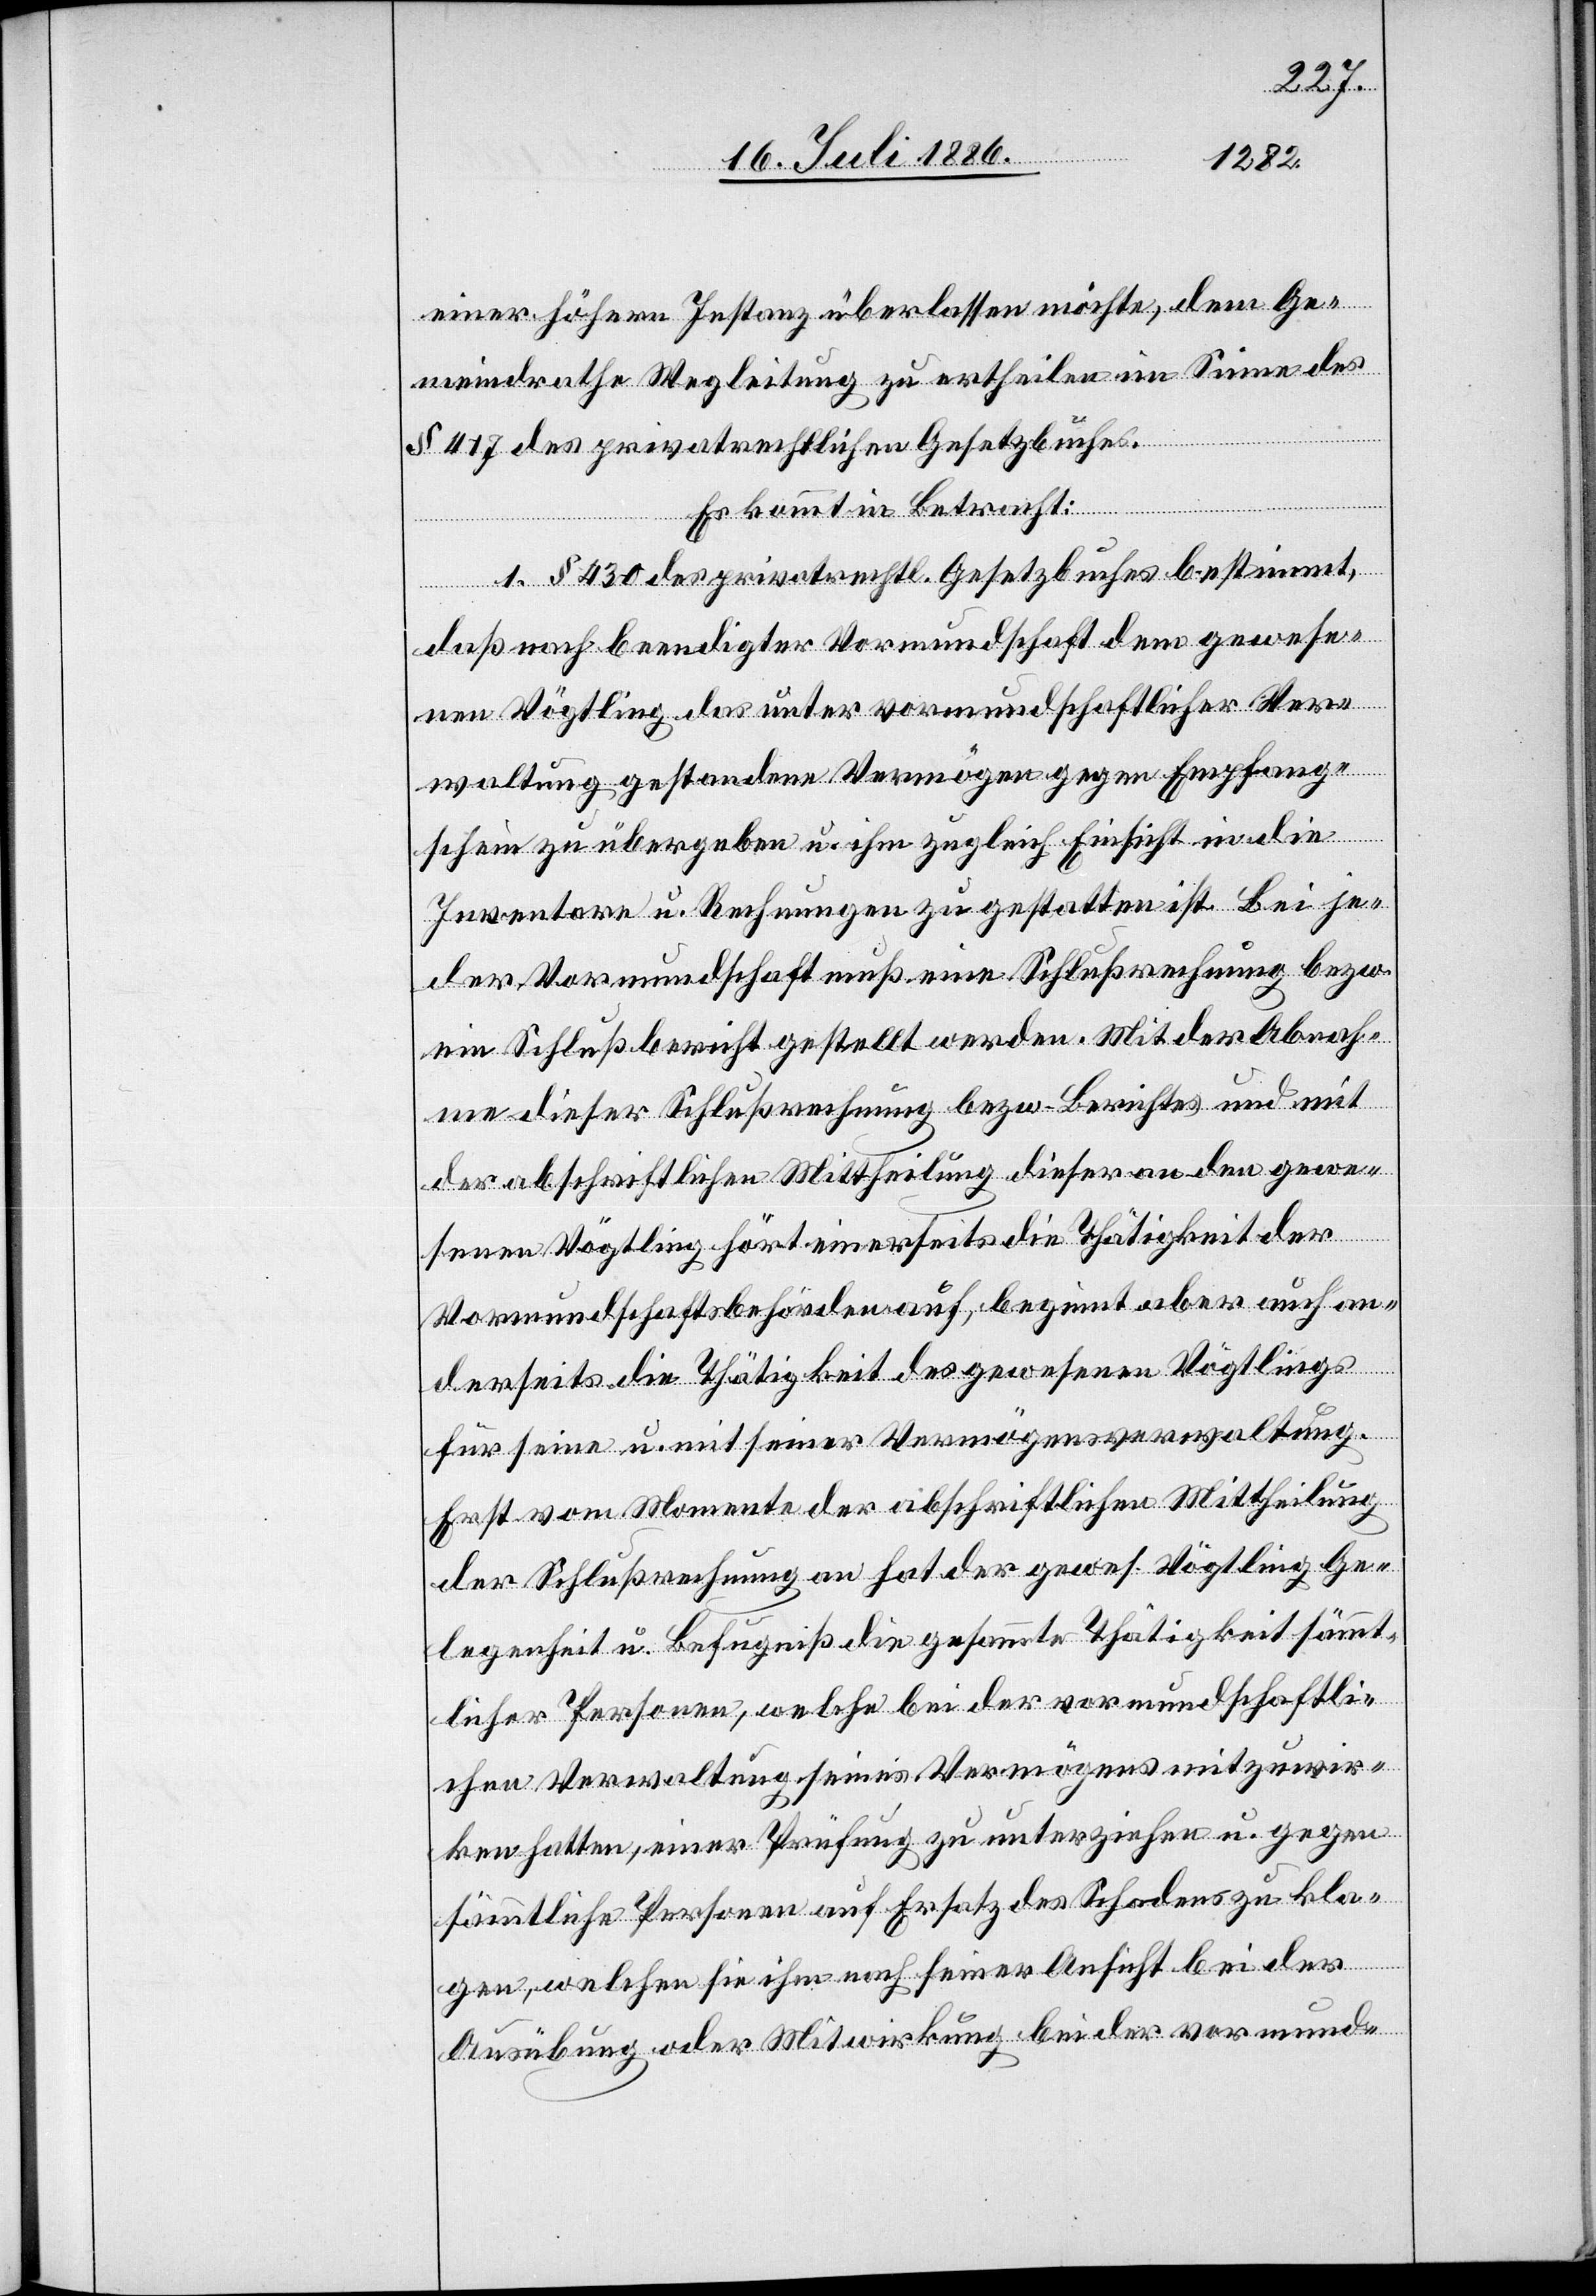
einer höhern Instanz überlassen möchte, dem Ge¬
meindrathe Wegleitung zu ertheilen im Sinne des
§ 417 des privatrechtlichen Gesetzbuches.
Es kommt in Betracht:
1. § 430 des privatrechtl. Gesetzbuches bestimmt,
daß nach beendigter Vormundschaft dem gewese¬
nen Vögtling das unter vormundschaftlicher Ver¬
waltung gestandene Vermögen dagegen Empfang¬
schein zu übergeben u. ihm zugleich Einsicht in die
Inventare u. Rechnungen zu gestatten ist. Bei je¬
der Vormundschaft muß eine Schlußrechnung bezw.
ein Schlußbericht gestellt werden. Mit der Abnah¬
me dieser Schlußrechnung bezw. Berichtes und mit
der abschriftlichen Mittheilung dieser an den gewe¬
senen Vögtling hört einerseits die Thätigkeit der
Vormundschaftsbehörden auf, beginnt aber auch an¬
derseits die Thätigkeit des gewesenen Vögtlings
für seine u. mit seiner Vermögensverwaltung.
Erst vom Momente der abschriftlichen Mittheilung
der Schlußrechnung an hat der gewes. Vögtling Ge¬
legenheit u. Befugniß die gesammte Thätigkeit sämmt¬
licher Personen, welche bei der vormundschaftlic¬
hen Verwaltung seines Vermögens mitzuwir¬
ken hatten, einer Prüfung zu unterziehen u. gegen
sämmtliche Personen auf Ersatz des Schadens zu kla¬
gen, welchen sie ihm nach seiner Ansicht bei der
Ausübung oder Mitwirkung bei der vormund-